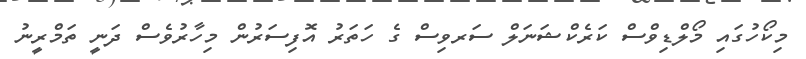
މިކޯހުގައި މޯލްޑިވްސް ކަރެކްޝަނަލް ސަރވިސް ގެ ހަތަރު އޮފިސަރުން މިހާރުވެސް ދަނީ ތަމްރީނު